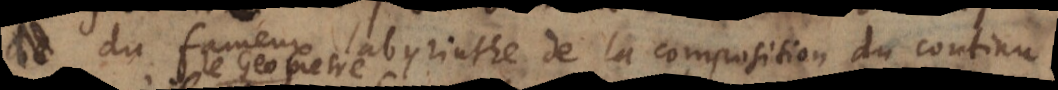
du fameux labyrinthe de la composition du continu,